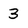
Character: 3